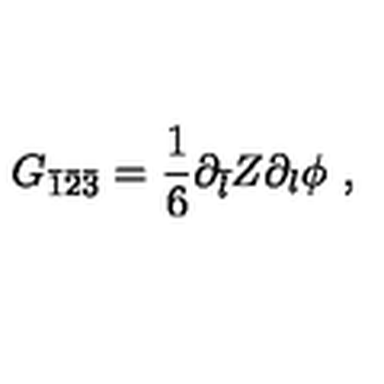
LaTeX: G _ { \bar { 1 } \bar { 2 } \bar { 3 } } = \frac { 1 } { 6 } \partial _ { \bar { l } } Z \partial _ { l } \phi \ ,